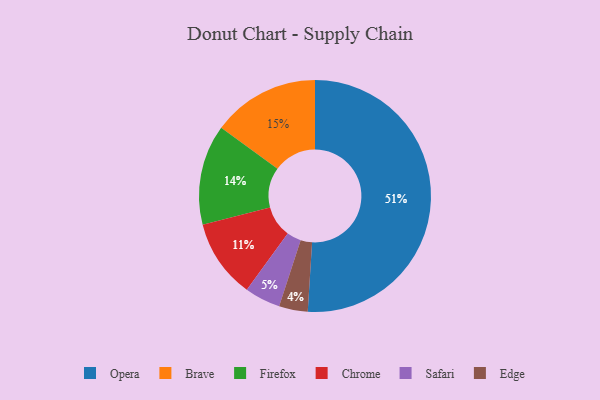
{"axis": {"x": "Category", "y": "Percentage"}, "legend": ["Brave", "Chrome", "Edge", "Firefox", "Opera", "Safari"], "data": [{"x": "Brave", "y": 15, "type": "Brave"}, {"x": "Firefox", "y": 14, "type": "Firefox"}, {"x": "Chrome", "y": 11, "type": "Chrome"}, {"x": "Edge", "y": 4, "type": "Edge"}, {"x": "Opera", "y": 51, "type": "Opera"}, {"x": "Safari", "y": 5, "type": "Safari"}]}